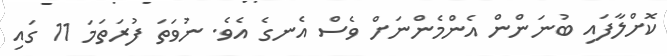
ކޮށްލާފައި ބުނަންން އެންމެންނަށް ވެސް އެނގެ އެވެ. ނުވަތަ ފުރަތަމަ 11 ގައި